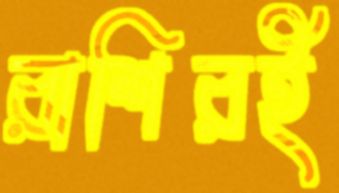
রাশিরই